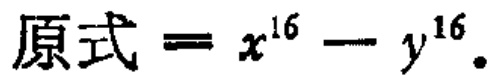
原式 \(= x^{16} - y^{16}\)